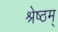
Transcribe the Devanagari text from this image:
श्रेष्ठम्